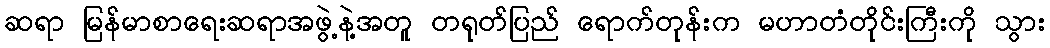
ဆရာ မြန်မာစာရေးဆရာအဖွဲ့နဲ့အတူ တရုတ်ပြည် ရောက်တုန်းက မဟာတံတိုင်းကြီးကို သွား